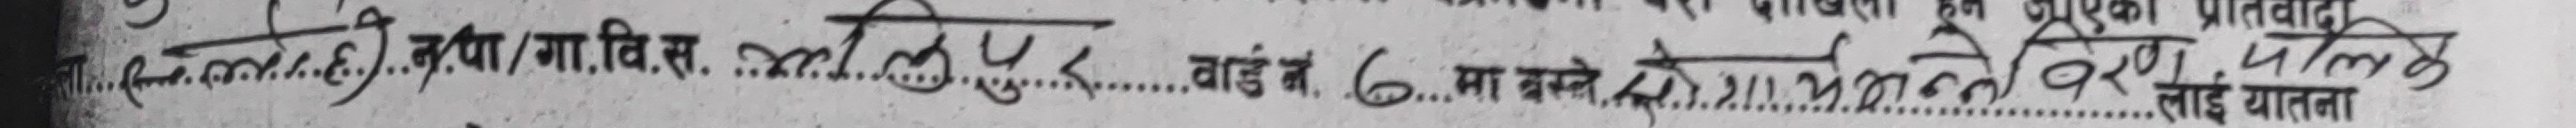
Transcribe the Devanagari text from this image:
सलाही कथा/गा.वि.स.लालपुर वार्ड नं ७ मा बस्ने योगार्थ अन्नावर वाई याल
प्रतिवादा
4
यातना